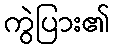
ကွဲပြား၏